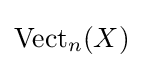
\mathrm {Vect} _{n}(X)